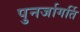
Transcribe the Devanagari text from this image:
पुनर्जागर्ति